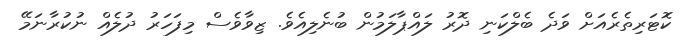
ކޮޓަރިތެރެއަށް ވަދެ ބެލްކަނި ދޮރު ލައްޕާލަމުން ބުނެލިއެވެ. ޒިވާވެސް މިފަހަރު ދުލެއް ނުކުރާނަމޭ